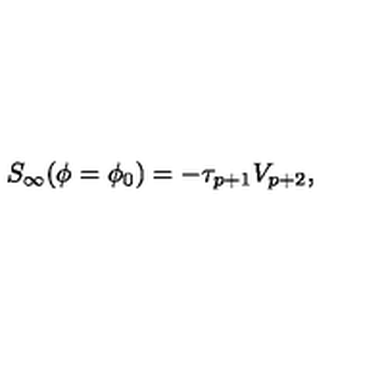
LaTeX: S _ { \infty } ( \phi = \phi _ { 0 } ) = - \tau _ { p + 1 } V _ { p + 2 } ,